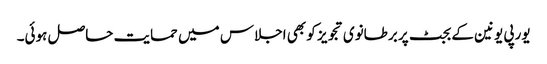
یورپی یونین کے بجٹ پر برطانوی تجویز کو بھی اجلاس میں حمایت حاصل ہوئی۔